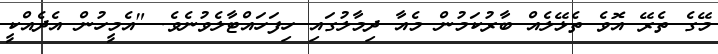
މޭގެ ތެރޭ އޮވެ ތެޅޭލެއް ބާރުކަމުން މެއާ ދިމާލުގައި ހިފަހައްޓާލެވުނެވެ. "އެމީހުން އެދެއްކީ